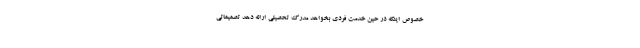
خصوص اینکه در حین خدمت فردی بخواهد مدرک تحصیلی ارائه دهد تصمیماتی